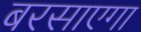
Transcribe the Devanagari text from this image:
बरसाएगा